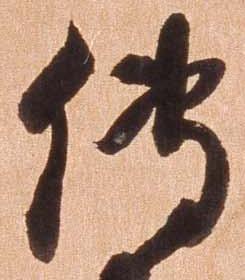
伝